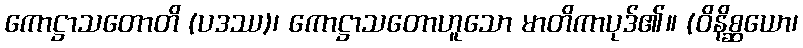
ကောဋ္ဌာသတောတိ (ပဒဿ)၊ ကောဋ္ဌာသတောဟူသော မာတိကာပုဒ်၏။ (ဝိနိစ္ဆယော၊